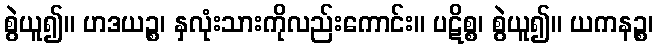
စွဲယူ၍။ ဟဒယဉ္စ၊ နှလုံးသားကိုလည်းကောင်း။ ပဋိစ္စ၊ စွဲယူ၍။ ယကနဉ္စ၊